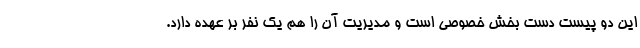
این دو پیست دست بخش خصوصی است و مدیریت آن را هم یک نفر بر عهده دارد.